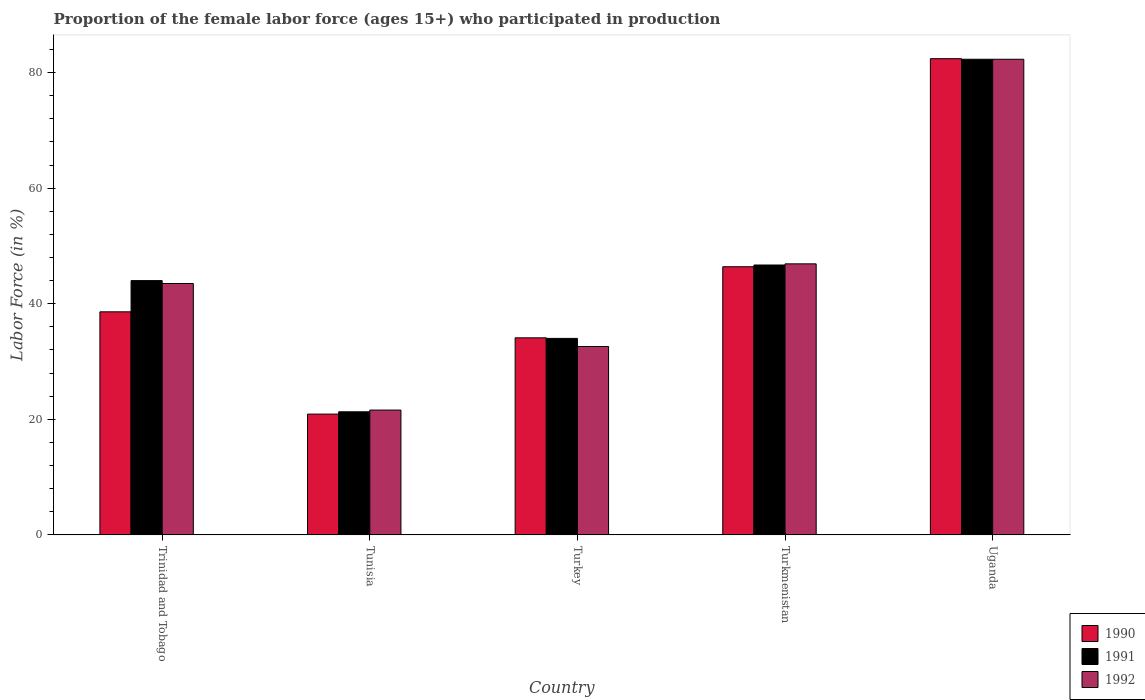
| Country | 1990 | 1991 | 1992 |
 | --- | --- | --- | --- |
 | Trinidad and Tobago | 38.6 | 44 | 43.5 |
 | Tunisia | 20.9 | 21.3 | 21.6 |
 | Turkey | 34.1 | 34 | 32.6 |
 | Turkmenistan | 46.4 | 46.7 | 46.9 |
 | Uganda | 82.4 | 82.3 | 82.3 |